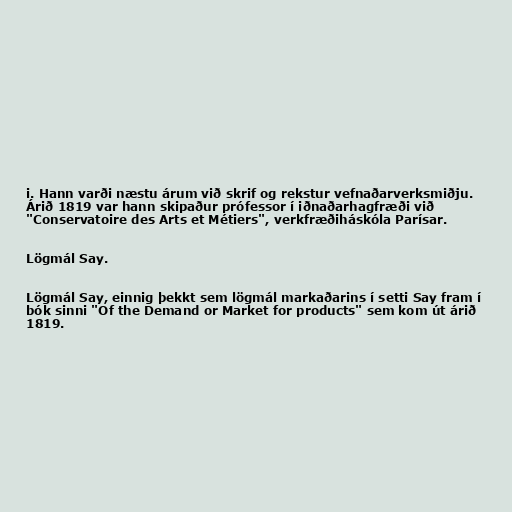
i. Hann varði næstu árum við skrif og rekstur vefnaðarverksmiðju.
Árið 1819 var hann skipaður prófessor í iðnaðarhagfræði við
"Conservatoire des Arts et Métiers", verkfræðiháskóla Parísar.

Lögmál Say.

Lögmál Say, einnig þekkt sem lögmál markaðarins í setti Say fram í
bók sinni "Of the Demand or Market for products" sem kom út árið
1819.